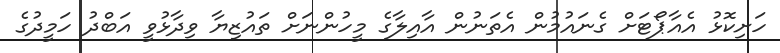
ހަށިކޮޅު އެއާޕޯޓަށް ގެނައުމުން އެތަނުން އާއިލާގެ މީހުންނަށް ތައުޒިޔާ ވިދާޅުވީ އަބްދު ހަމީދުގެ